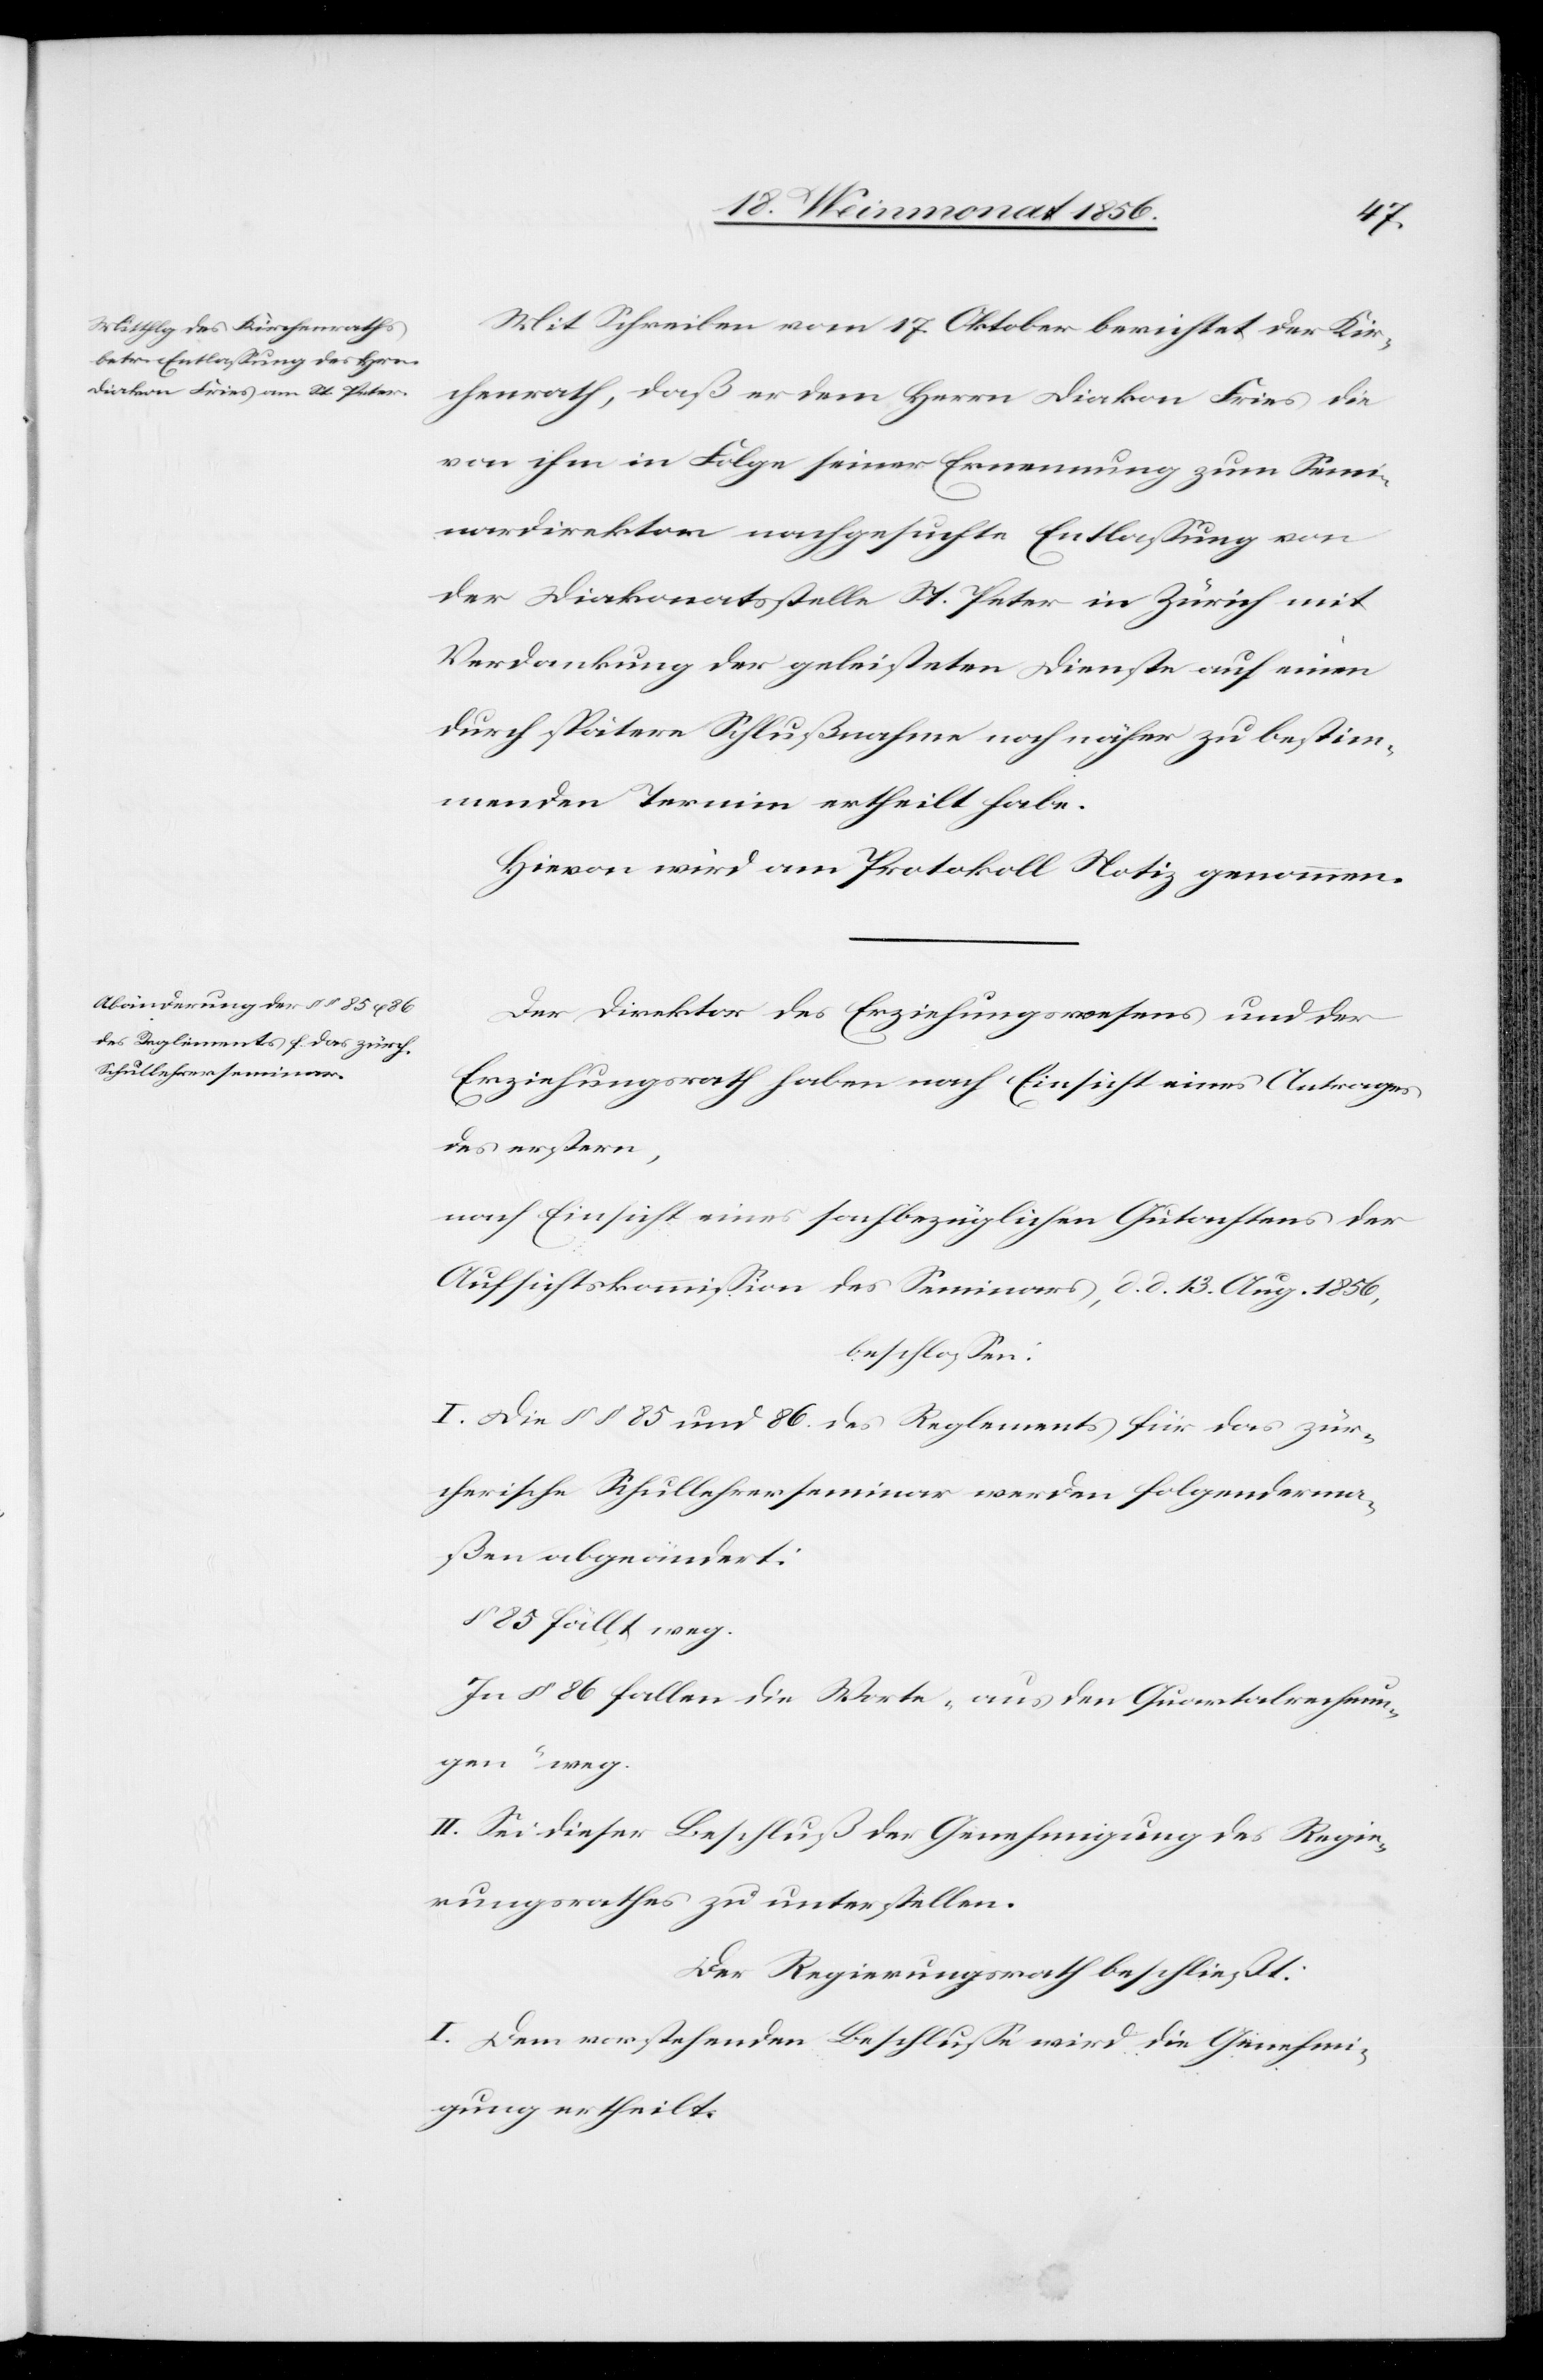
Mit Schreiben vom 17. Oktober berichtet der Kir¬
chenrath, daß er dem Herrn Diakon Fries die
von ihm in Folge seiner Ernennung zum Semin¬
ardirektor nachgesuchte Entlassung von
der Diakonatsstelle St. Peter in Zürich mit
Verdankung der geleisteten Dienste auf einen
durch spätere Schlußnahme noch näher zu bestim¬
menden Termin ertheilt habe.
Hievon wird am Protokoll Notiz genommen.
Der Direktor des Erziehungswesens und der
Erziehungsrath haben nach Einsicht eines Antrages
des erstern,
nach Einsicht eines sachbezüglichen Gutachtens der
Aufsichtskommission des Seminars, d. d. 13. Aug. 1856,
beschlossen:
I. Die §§ 85 und 86. des Reglements für das zür¬
cherische Schullehrerseminar werden folgenderma¬
ßen abgeändert:
§ 85 fällt weg.
In § 86 fallen die Worte „aus den Quartalrechnun¬
gen” weg.
II. Sei dieser Beschluß der Genehmigung des Regie¬
rungsrathes zu unterstellen.
Der Regierungsrath beschließt:
I. Dem vorstehenden Beschlusse wird die Genehmi¬
gung ertheilt.